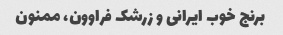
برنج خوب ایرانی و زرشک فراوون، ممنون